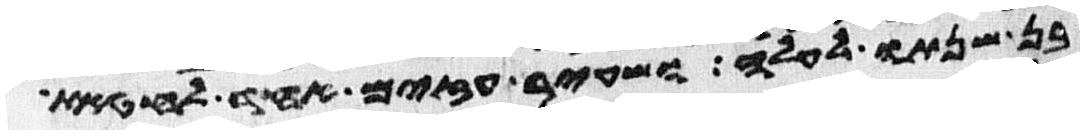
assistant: בן שנתו לעלה ושעיר עזים אחד לחטאת